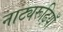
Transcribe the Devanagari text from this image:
नाट्यरूढ़ियाँ